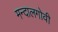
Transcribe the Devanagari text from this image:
मन्दालगोवी